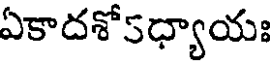
ఏకాదశో5ధ్యాయః